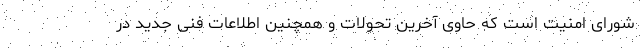
شورای امنیت است که حاوی آخرین تحولات و همچنین اطلاعات فنی جدید در